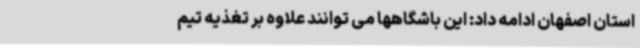
استان اصفهان ادامه داد: این باشگاهها می توانند علاوه بر تغذیه تیم